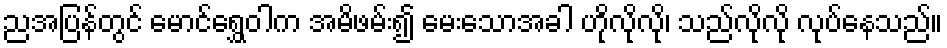
ညအပြန်တွင် မောင်ရွှေဝါက အမိဖမ်း၍ မေးသောအခါ ဟိုလိုလို၊ သည်လိုလို လုပ်နေသည်။